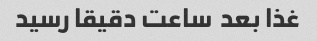
غذا بعد  ساعت دقیقا رسید